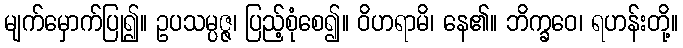
မျက်မှောက်ပြု၍။ ဥပသမ္ပဇ္ဇ၊ ပြည့်စုံစေ၍။ ဝိဟရာမိ၊ နေ၏။ ဘိက္ခဝေ၊ ရဟန်းတို့။